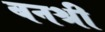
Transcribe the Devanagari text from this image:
बनश्री